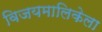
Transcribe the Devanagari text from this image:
विजयमालिकेला